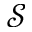
\mathcal { S }